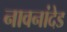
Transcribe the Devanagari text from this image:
नावनांदेड